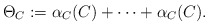
\begin{align*}\Theta_{C}:= \alpha_C(C) + \cdots + \alpha_C(C).\end{align*}